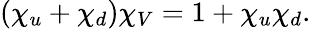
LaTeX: (\chi_{u}+\chi_{d})\chi_{V}=1+\chi_{u}\chi_{d}.